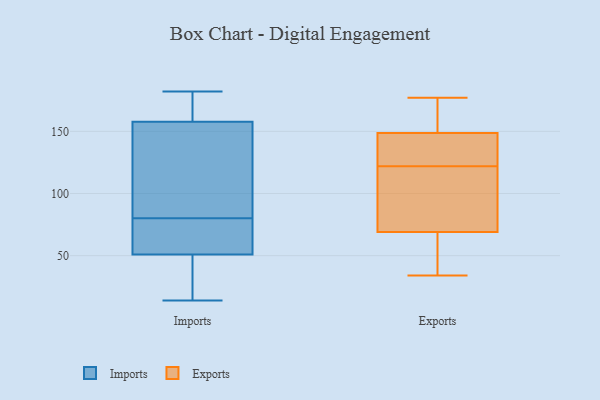
{"axis": {"x": "Net Income (USD K)", "y": "Value"}, "legend": ["Exports", "Imports"], "data": [{"x": "", "y": 14, "type": "Imports"}, {"x": "", "y": 38, "type": "Imports"}, {"x": "", "y": 157, "type": "Imports"}, {"x": "", "y": 65, "type": "Imports"}, {"x": "", "y": 48, "type": "Imports"}, {"x": "", "y": 29, "type": "Imports"}, {"x": "", "y": 131, "type": "Imports"}, {"x": "", "y": 182, "type": "Imports"}, {"x": "", "y": 73, "type": "Imports"}, {"x": "", "y": 52, "type": "Imports"}, {"x": "", "y": 176, "type": "Imports"}, {"x": "", "y": 160, "type": "Imports"}, {"x": "", "y": 179, "type": "Imports"}, {"x": "", "y": 141, "type": "Imports"}, {"x": "", "y": 55, "type": "Imports"}, {"x": "", "y": 134, "type": "Imports"}, {"x": "", "y": 80, "type": "Imports"}, {"x": "", "y": 155, "type": "Exports"}, {"x": "", "y": 69, "type": "Exports"}, {"x": "", "y": 150, "type": "Exports"}, {"x": "", "y": 69, "type": "Exports"}, {"x": "", "y": 73, "type": "Exports"}, {"x": "", "y": 94, "type": "Exports"}, {"x": "", "y": 44, "type": "Exports"}, {"x": "", "y": 135, "type": "Exports"}, {"x": "", "y": 145, "type": "Exports"}, {"x": "", "y": 53, "type": "Exports"}, {"x": "", "y": 138, "type": "Exports"}, {"x": "", "y": 162, "type": "Exports"}, {"x": "", "y": 122, "type": "Exports"}, {"x": "", "y": 177, "type": "Exports"}, {"x": "", "y": 34, "type": "Exports"}]}